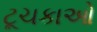
ટૂચકાઓ